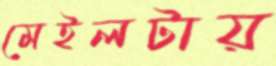
মেইলটায়